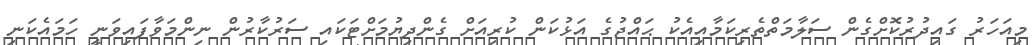
މިއަހަރު ގައިދުރުކޮށްގެން ސަލާމަތްތެރިކަމާއިއެކު ޙައްޖުގެ އަޅުކަން ކުރިއަށް ގެންދިޔުމަށްޓަކައި ސަރުކާރުން ނިންމަވާފައިވަނީ ހަމައެކަނި